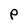
Character: P